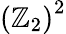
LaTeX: \left(\mathbb{Z}_{2}\right)^{2}